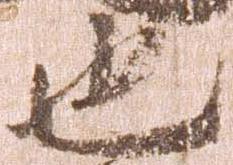
也